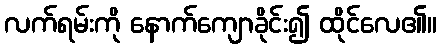
လက်ရမ်းကို နောက်ကျောခိုင်း၍ ထိုင်လေ၏။